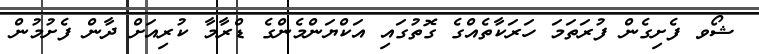
ޝޯވ ފެށިގެން ފުރަތަމަ ހަރަކާތެއްގެ ގޮތުގައި އަކްޔަންމެންގެ ޑްރާމާ ކުރިއަށް ދާން ފެށުމުން